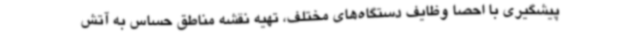
پیشگیری با احصا وظایف دستگاه‌های مختلف، تهیه نقشه مناطق حساس به آتش